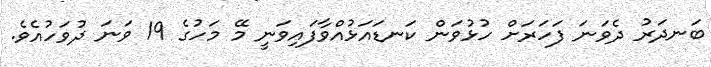
ބަނދަރު ދެވަނަ ފަހަރަށް ހުޅުވަން ކަނޑައަޅުއްވާފައިވަނީ މޭ މަހުގެ 19 ވަނަ ދުވަހުއެވެ.